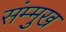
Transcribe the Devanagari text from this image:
संम्मुख